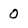
Character: 0